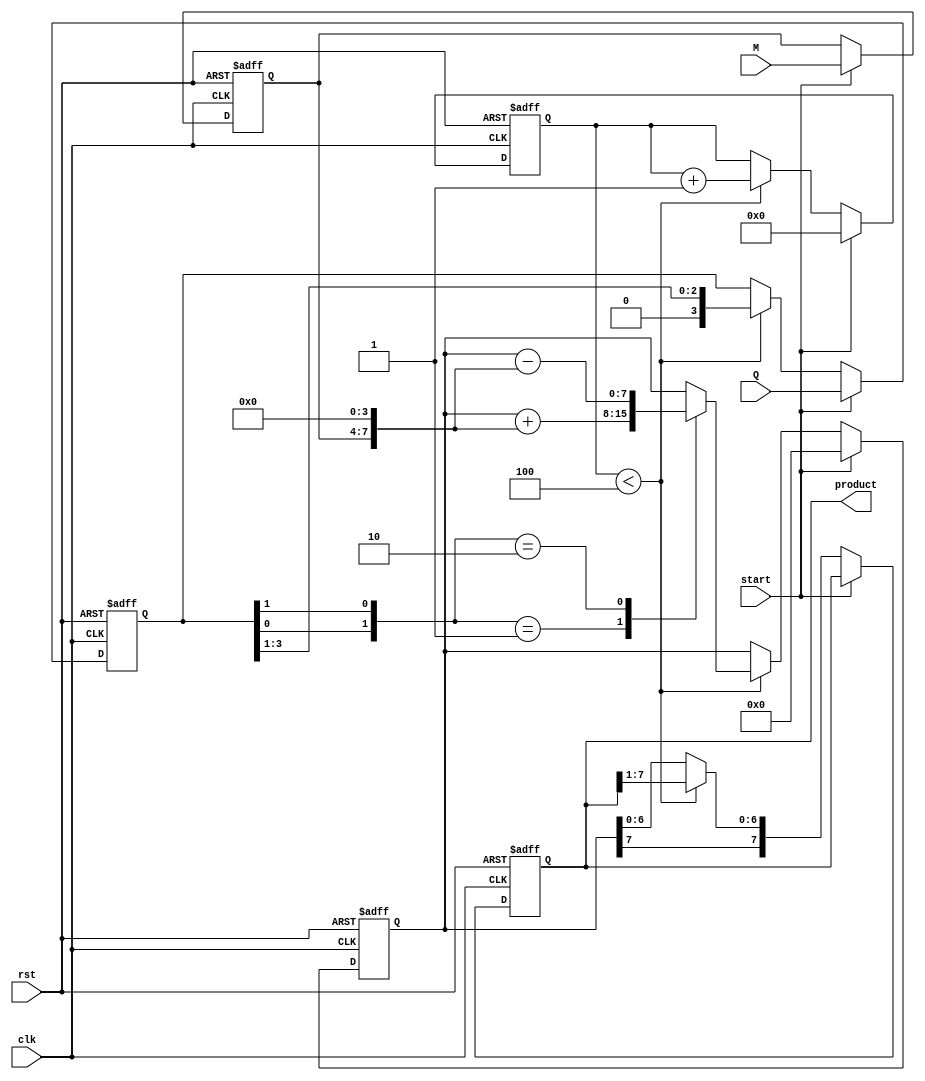
module modified_booth_multiplier #(parameter n = 4) (
    input wire [n-1:0] M,          // Multiplicand
    input wire [n-1:0] Q,          // Multiplier
    input wire start,              // Start signal
    input wire clk,                // Clock signal
    input wire rst,                // Reset signal
    output reg [2*n-1:0] product   // Product output
);

// Internal signals
reg [n-1:0] multiplicand;
reg [n-1:0] multiplier;
reg [2*n-1:0] partial_product;
reg [n:0] count; // To count iterations, n bits + extra for the zero placeholder
reg [1:0] booth_pair; // To hold current booth pair

// Initial values
always @(posedge clk or posedge rst) begin
    if (rst) begin
        product <= 0;
        multiplicand <= 0;
        multiplier <= 0;
        partial_product <= 0;
        count <= 0;
    end else if (start) begin
        multiplicand <= M;              // Load multiplicand
        multiplier <= Q;                // Load multiplier
        partial_product <= 0;           // Initialize partial product
        count <= 0;                     // Reset counter
    end else if (count < n) begin
        // Determine the booth pair
        booth_pair = {multiplier[0], multiplier[1]};
        
        // Perform the Booth's operation based on the booth pair
        case (booth_pair)
            2'b00: ; // Do nothing
            2'b01: partial_product <= partial_product + {multiplicand, {n{1'b0}}}; // Add M
            2'b10: partial_product <= partial_product - {multiplicand, {n{1'b0}}}; // Subtract M
            2'b11: ; // Do nothing (accumulate state)
        endcase
        
        // Shift right the product and update the multiplier
        product <= {partial_product[2*n-1], product[2*n-1:1]}; // Shift right
        multiplier <= {1'b0, multiplier[n-1:1]}; // Shift multiplier right, add zero to MSB
        
        // Increment the count
        count <= count + 1;
    end else begin
        // Final product after all iterations
        product <= partial_product; // Assign final result to product
    end
end

endmodule